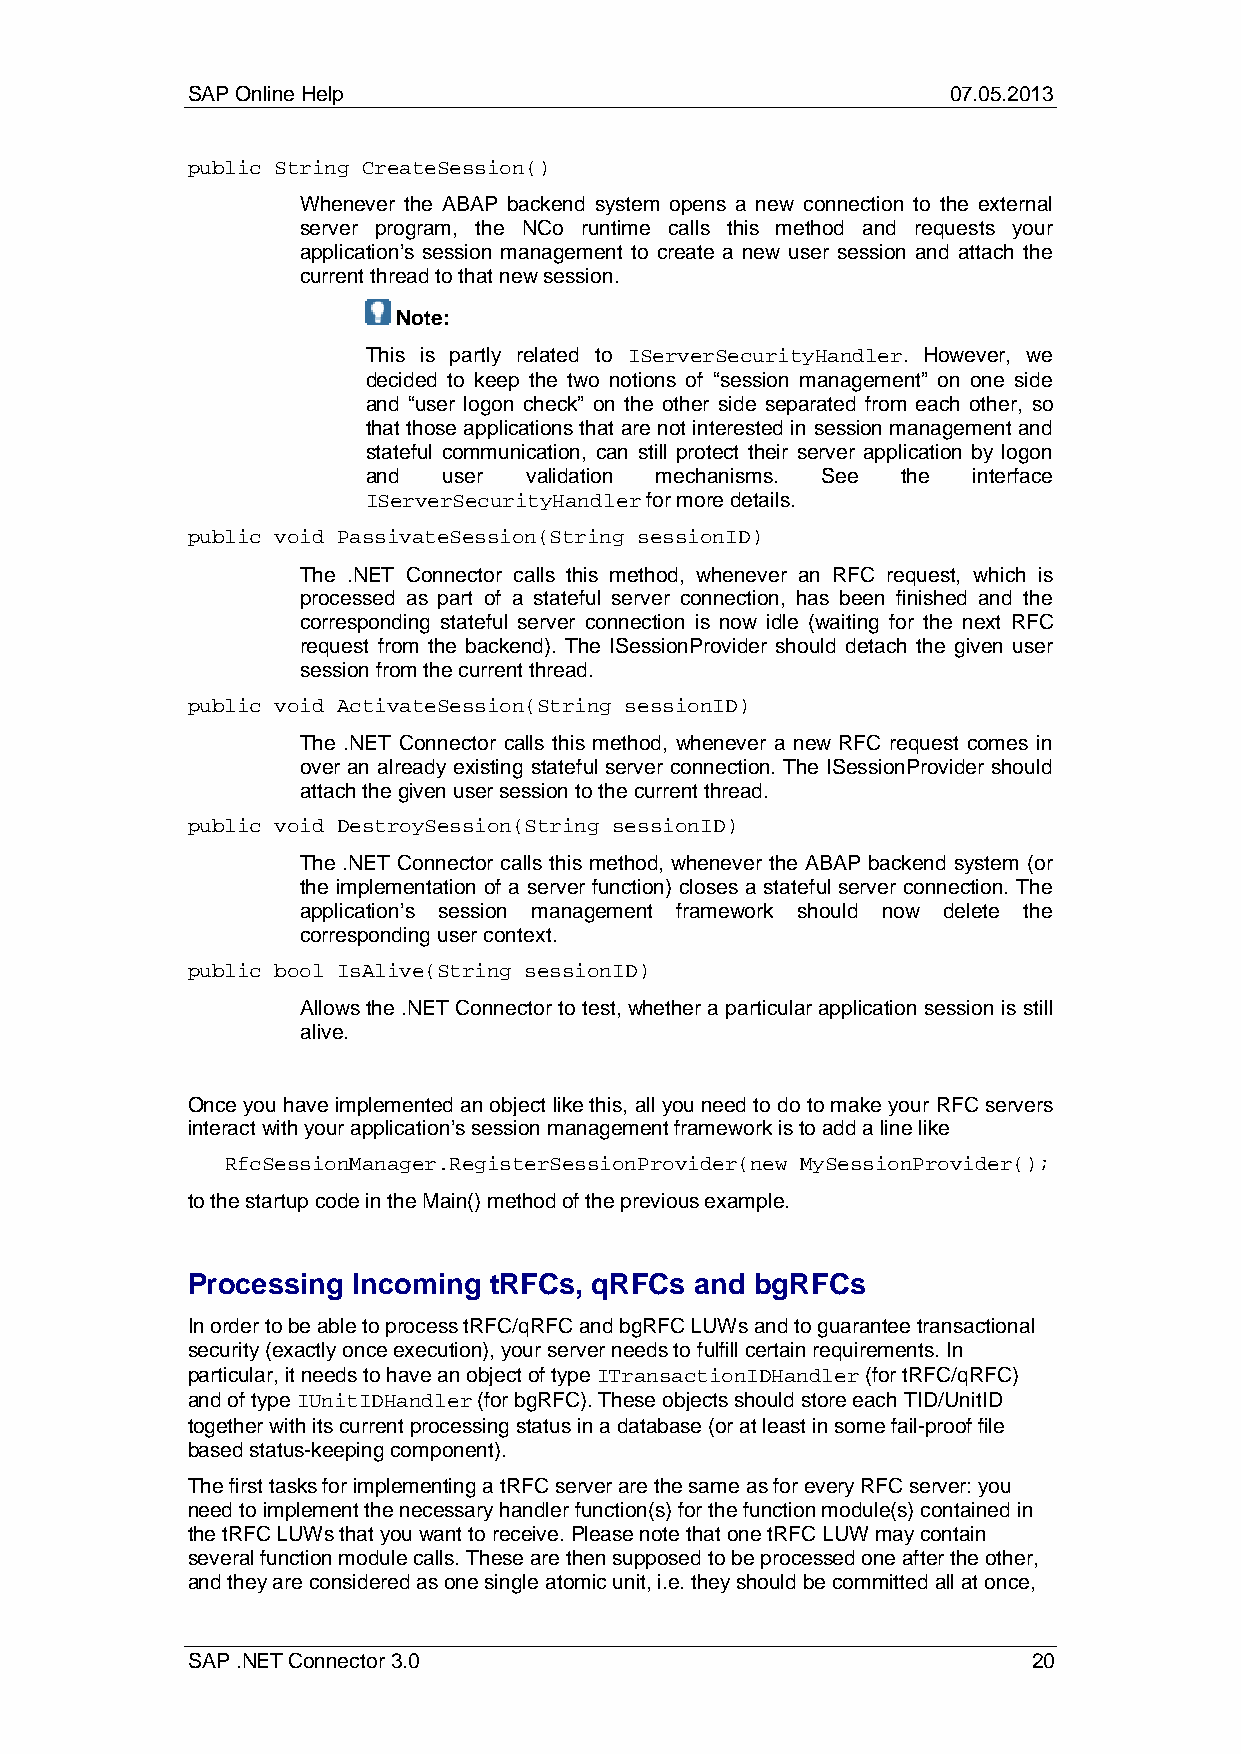
SAP Online Help                                    07.05.2013
 public String CreateSession()
 Whenever the ABAP backend system opens a new connection to the external
 server program, the NCo runtime calls this method and requests your
 application’s session management to create a new user session and attach the
 current thread to that new session.
 Note:
 This is partly related to IServerSecurityHandler. However, we
 decided to keep the two notions of “session management” on one side
 and “user logon check” on the other side separated from each other, so
 that those applications that are not interested in session management and
 stateful communication, can still protect their server application by logon
 and  user  validation mechanisms. See the interface
 IServerSecurityHandler for more details.
 public void PassivateSession(String sessionID)
 The .NET Connector calls this method, whenever an RFC request, which is
 processed as part of a stateful server connection, has been finished and the
 corresponding stateful server connection is now idle (waiting for the next RFC
 request from the backend). The ISessionProvider should detach the given user
 session from the current thread.
 public void ActivateSession(String sessionID)
 The .NET Connector calls this method, whenever a new RFC request comes in
 over an already existing stateful server connection. The ISessionProvider should
 attach the given user session to the current thread.
 public void DestroySession(String sessionID)
 The .NET Connector calls this method, whenever the ABAP backend system (or
 the implementation of a server function) closes a stateful server connection. The
 application’s session management framework should now delete the
 corresponding user context.
 public bool IsAlive(String sessionID)
 Allows the .NET Connector to test, whether a particular application session is still
 alive.
 Once you have implemented an object like this, all you need to do to make your RFC servers
 interact with your application’s session management framework is to add a line like
 RfcSessionManager.RegisterSessionProvider(new MySessionProvider();
 to the startup code in the Main() method of the previous example.
 Processing Incoming tRFCs, qRFCs  and bgRFCs
 In order to be able to process tRFC/qRFC and bgRFC LUWs and to guarantee transactional
 security (exactly once execution), your server needs to fulfill certain requirements. In
 particular, it needs to have an object of type ITransactionIDHandler (for tRFC/qRFC)
 and of type IUnitIDHandler (for bgRFC). These objects should store each TID/UnitID
 together with its current processing status in a database (or at least in some fail-proof file
 based status-keeping component).
 The first tasks for implementing a tRFC server are the same as for every RFC server: you
 need to implement the necessary handler function(s) for the function module(s) contained in
 the tRFC LUWs that you want to receive. Please note that one tRFC LUW may contain
 several function module calls. These are then supposed to be processed one after the other,
 and they are considered as one single atomic unit, i.e. they should be committed all at once,
 SAP .NET Connector 3.0                                  20